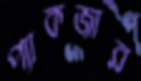
প্যাকজার